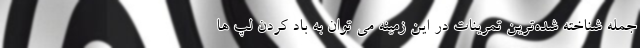
جمله شناخته شده‌ترین تمرینات در این زمینه می توان به باد کردن لپ ها